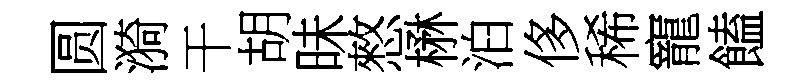
圆漪干胡昧憗楙泊侈稀寵饁